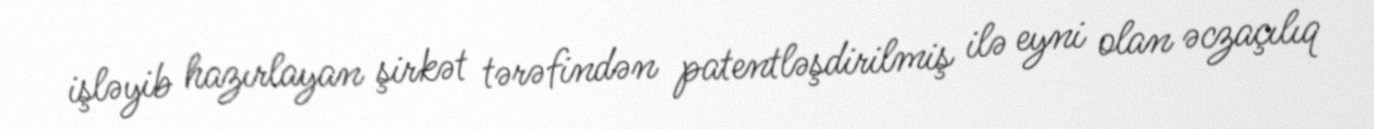
işləyib hazırlayan şirkət tərəfindən patentləşdirilmiş ilə eyni olan əczaçılıq